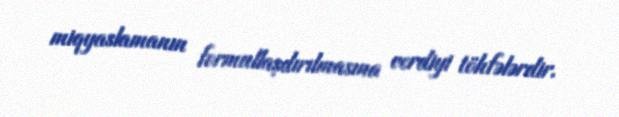
miqyaslamanın formullaşdırılmasına verdiyi töhfələrdir.